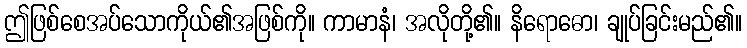
ဤဖြစ်စေအပ်သောကိုယ်၏အဖြစ်ကို။ ကာမာနံ၊ အလိုတို့၏။ နိရောဓော၊ ချုပ်ခြင်းမည်၏။